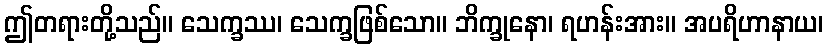
ဤတရားတို့သည်။ သေက္ခဿ၊ သေက္ခဖြစ်သော။ ဘိက္ခုနော၊ ရဟန်းအား။ အပရိဟာနာယ၊